Lunatic asylums in Bengal annual reports 1912-1924 - 1912-1924
Year: 1912
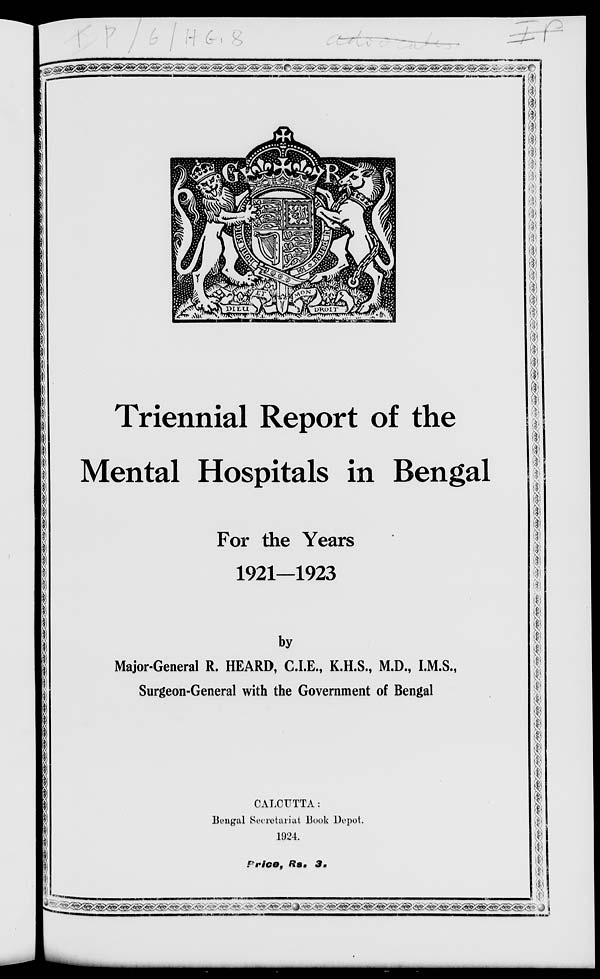
Triennial Report of the
Mental Hospitals in Bengal
For the Years
1921—1923
by
Major-General R. HEARD, C.I.E., K.H.S., M.D., I.M.S.,
Surgeon-General with the Government of Bengal
CALCUTTA:
Bengal Secretariat Book Depot.
1924.
Price, Rs. 3.